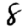
Digit: 8